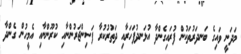
މަދަނީ ވައިގެ ބަނދަރުތަކުން ފުރައިގެންދާ އުޅަނދުފަހަރާއި ދަތުރުކުރާ ފަސިންޖަރުންނާއި ކުރޫންނާއި އެމީހުން ގެންދާ